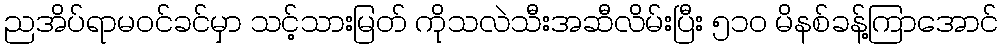
ညအိပ်ရာမဝင်ခင်မှာ သင့်သားမြတ် ကိုသလဲသီးအဆီလိမ်းပြီး ၅၁၀ မိနစ်ခန့်ကြာအောင်